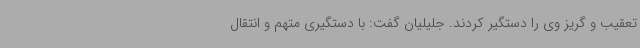
تعقیب و گریز وی را دستگیر کردند. جلیلیان گفت: با دستگیری متهم و انتقال